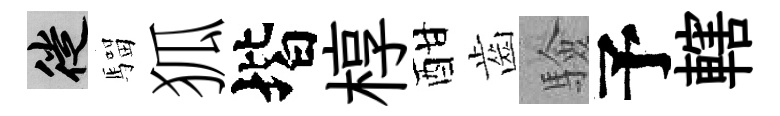
徙騮狐堦椁酣齒驗予轄